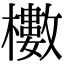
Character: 櫢